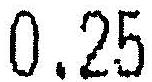
0.25